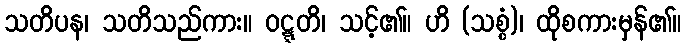
သတိပန၊ သတိသည်ကား။ ဝဋ္ဋတိ၊ သင့်၏။ ဟိ (သစ္စံ)၊ ထိုစကားမှန်၏။